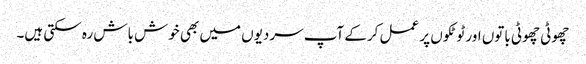
چھوٹی چھوٹی باتوں اور ٹوٹکوں پر عمل کرکے آپ سردیوں میں بھی خوش باش رہ سکتی ہیں۔